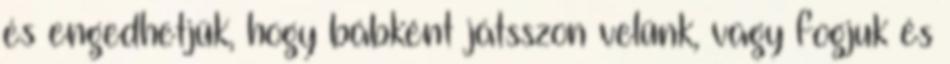
és engedhetjük, hogy bábként játsszon velünk, vagy fogjuk és